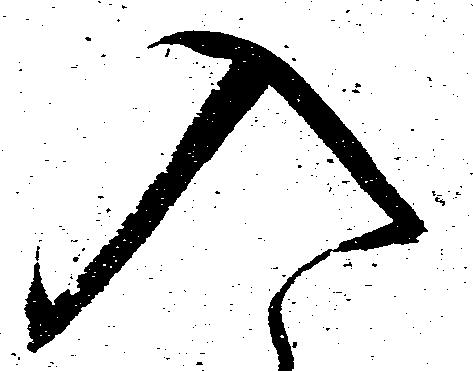
入